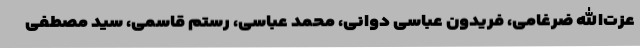
عزت‌الله ضرغامی، فریدون عباسی دوانی، محمد عباسی، رستم قاسمی، سید مصطفی